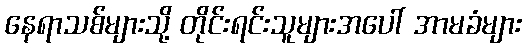
နေရာသစ်များသို့ တိုင်းရင်းသူများအပေါ် အာမခံများ